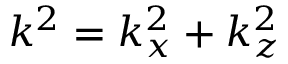
k ^ { 2 } = k _ { x } ^ { 2 } + k _ { z } ^ { 2 }